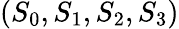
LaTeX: (S_{0},S_{1},S_{2},S_{3})